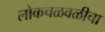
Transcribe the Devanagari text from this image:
लोकचळवळीचा